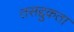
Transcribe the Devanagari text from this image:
तसद्दुकता